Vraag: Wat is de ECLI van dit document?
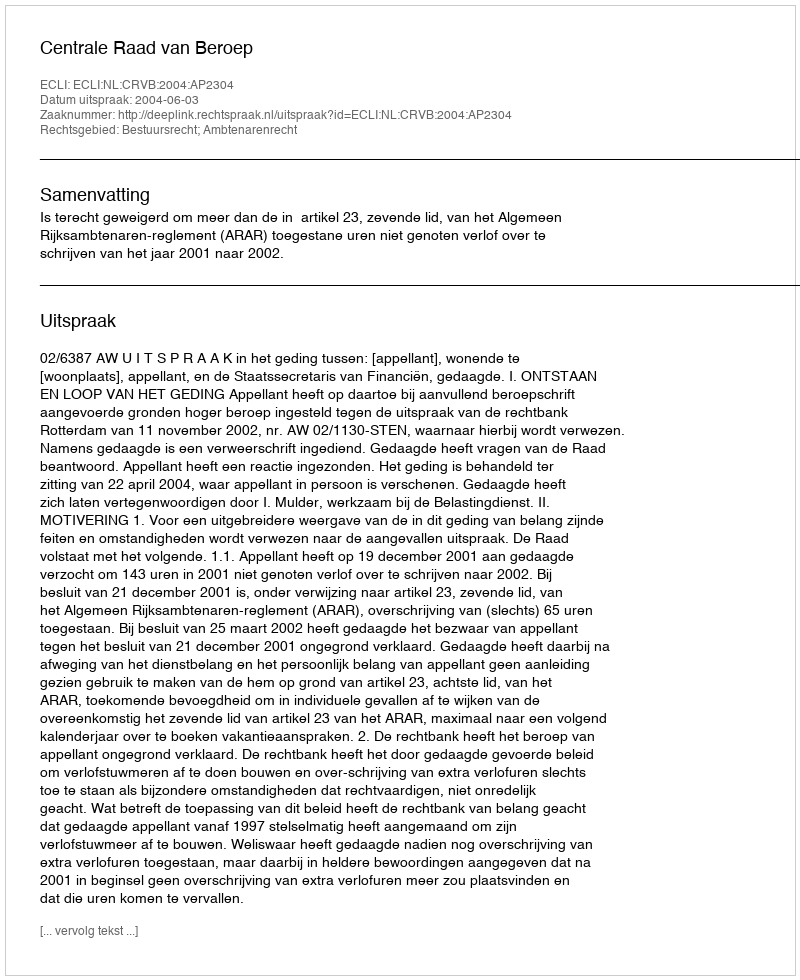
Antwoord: ECLI:NL:CRVB:2004:AP2304